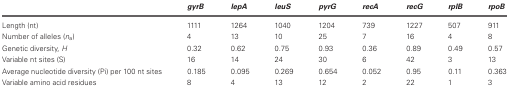
|  | gyrB | lepA | leuS | pyrG | recA | recG | rplB | rpoB |
 | --- | --- | --- | --- | --- | --- | --- | --- | --- |
 | Length (nt) | 1111 | 1264 | 1040 | 1204 | 739 | 1227 | 507 | 911 |
 | Number of alleles (na) | 4 | 13 | 10 | 25 | 7 | 16 | 4 | 8 |
 | Genetic diversity, H | 0.32 | 0.62 | 0.75 | 0.93 | 0.36 | 0.89 | 0.49 | 0.57 |
 | Variable nt sites (S) | 16 | 14 | 24 | 30 | 6 | 42 | 3 | 13 |
 | Average nucleotide diversity (Pi) per 100 nt sites | 0.185 | 0.095 | 0.269 | 0.654 | 0.052 | 0.95 | 0.11 | 0.363 |
 | Variable amino acid residues | 8 | 4 | 13 | 12 | 2 | 22 | 1 | 3 |